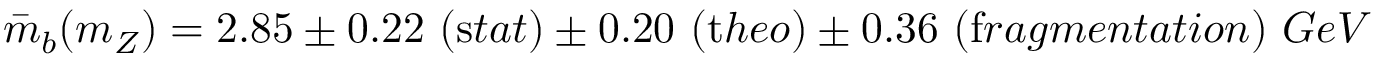
\bar { m } _ { b } ( m _ { Z } ) = 2 . 8 5 \pm 0 . 2 2 ~ ( { \mathrm s t a t } ) \pm 0 . 2 0 ~ ( { \mathrm t h e o } ) \pm 0 . 3 6 ~ ( { \mathrm f r a g m e n t a t i o n } ) ~ G e V